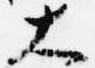
大